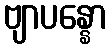
ဗျာပန္နော